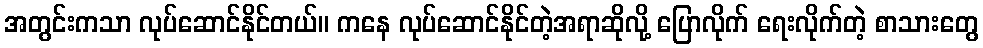
အတွင်းကသာ လုပ်ဆောင်နိုင်တယ်။ ကနေ လုပ်ဆောင်နိုင်တဲ့အရာဆိုလို့ ပြောလိုက် ရေးလိုက်တဲ့ စာသားတွေ